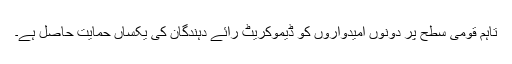
تاہم قومی سطح پر دونوں امیدواروں کو ڈیموکریٹ رائے دہندگان کی یکساں حمایت حاصل ہے۔